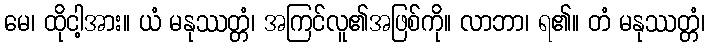
မေ၊ ထိုငါ့အား။ ယံ မနုဿတ္တံ၊ အကြင်လူ၏အဖြစ်ကို။ လာဘာ၊ ရ၏။ တံ မနုဿတ္တံ၊